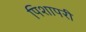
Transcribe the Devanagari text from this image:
पिशापरी